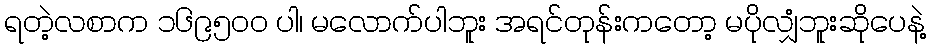
ရတဲ့လစာက ၁၆၉၅၀၀ ပါ၊ မလောက်ပါဘူး အရင်တုန်းကတော့ မပိုလျှံဘူးဆိုပေနဲ့